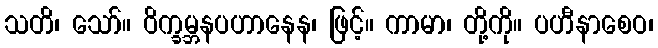
သတိ၊ သော်။ ဝိက္ခမ္ဘနပဟာနေန၊ ဖြင့်။ ကာမာ၊ တို့ကို။ ပဟီနာစေဝ၊